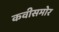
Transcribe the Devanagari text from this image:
कवीसमोर